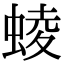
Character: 䗀